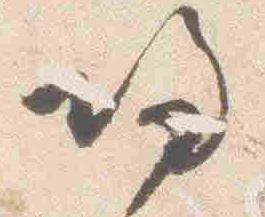
帰